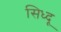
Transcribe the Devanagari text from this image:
सिध्दू